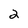
Character: 2